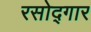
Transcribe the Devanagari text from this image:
रसोद्गार